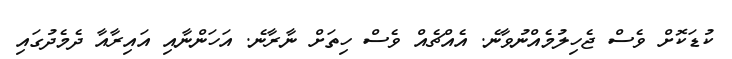
ކުޑަކޮށް ވެސް ޖެހިލުމެއްނުވާނެ. އެއްޗެއް ވެސް ހިތަށް ނާރާނެ. އަހަންނާއި އައިރާއާ ދެމެދުގައި